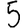
Digit: 5